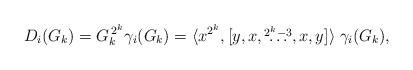
LaTeX: \begin{align*}D_i(G_k) = G_k^{\, 2^k} \gamma_i(G_k) = \langle x^{2^k}, [y,x,\overset{2^k-3}{\ldots}, x,y] \rangle \; \gamma_i(G_k),\end{align*}